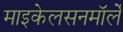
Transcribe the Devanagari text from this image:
माइकेलसनमॉर्ले